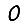
Digit: 0